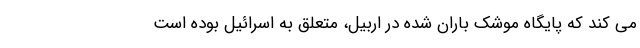
می کند که پایگاه موشک باران شده در اربیل، متعلق به اسرائیل بوده است